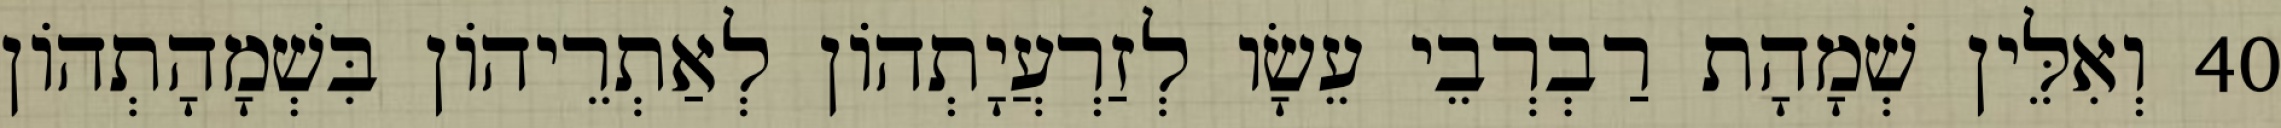
40 וְאִלֵּין שְׁמָהָת רַבְרְבֵי עֵשָׂו לְזַרְעֲיָתְהוֹן לְאַתְרֵיהוֹן בִּשְׁמָהָתְהוֹן